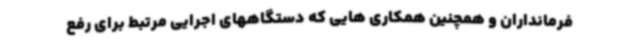
فرمانداران و همچنین همکاری هایی که دستگاههای اجرایی مرتبط برای رفع